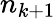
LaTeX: n_{k+1}